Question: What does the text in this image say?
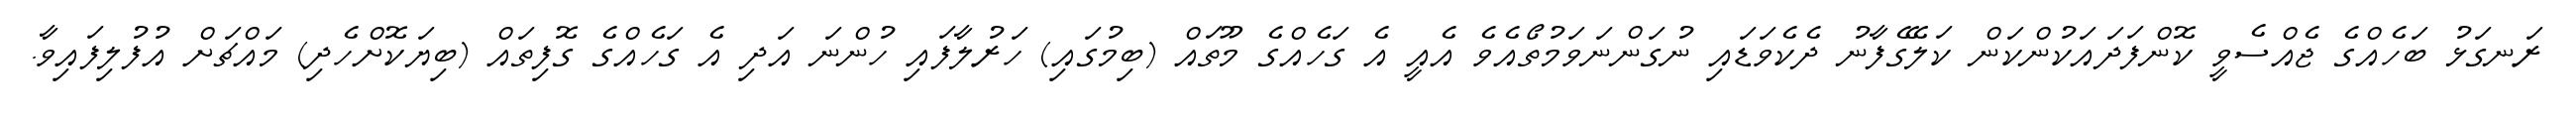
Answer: ރަނގަޅު ބަހެއްގެ ޖެއްސެވީ ކޮންފަދައަކުންކަން ކަލޭގެފާނު ދެކެވަޑައި ނުގަންނަވަމުތޯއެވެ އެއީ އެ ގަހެއްގެ މޫތައް (ބިމުގައި) ހަރުލާފައި ހުންނަ އަދި އެ ގަހެއްގެ ގޮފިތައް (ބިޔަކޮށްހެދި) މައްޗަށް އުފުލިފައިވާ.